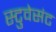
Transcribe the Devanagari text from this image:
स्टुवेसंट